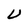
Character: U